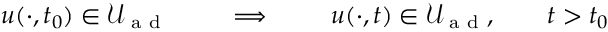
u ( \cdot , t _ { 0 } ) \in \mathcal { U } _ { \textrm { a d } } \qquad \implies \qquad u ( \cdot , t ) \in \mathcal { U } _ { \textrm { a d } } , \qquad t > t _ { 0 }